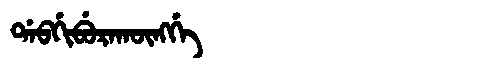
Manchu: ᡩᠠᠪᡤᡳᠪᡠᡵᠠᡴᡡᠩᡤᡝ
Romanization: DABGIBURAKŪNGGE